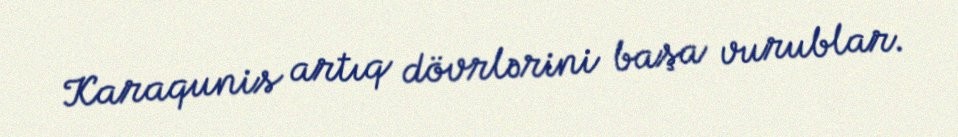
Karaqunis artıq dövrlərini başa vurublar.